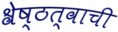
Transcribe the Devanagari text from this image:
श्रेष्ठत्वाची